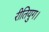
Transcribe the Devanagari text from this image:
रीतियुग।